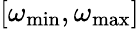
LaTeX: [\omega_{\mathrm{min}},\omega_{\mathrm{max}}]